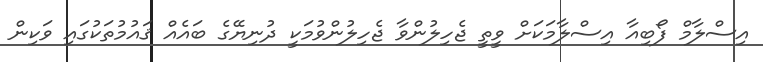
އިސްލާމް ފޯބިއާ އިސްލާމަކަށް ވީތީ ޖެހިލުންވާ ޖެހިލުންވުމަކީ ދުނިޔޭގެ ބައެއް ޤައުމުތަކުގައި ވަކިން